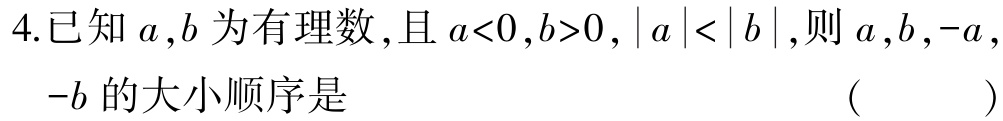
4.已知\(a,b\)为有理数，且\(a<0,b>0,|a|<|b|\)，则\(a,b,-a,-b\)的大小顺序是 （  ）